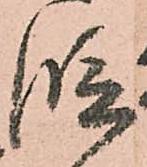
段